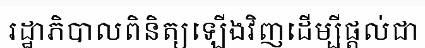
រដ្ឋាភិបាលពិនិត្យឡើងវិញដើម្បីផ្តល់ជា